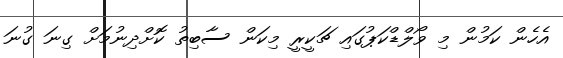
އެހެން ކަމުން މި ވޯލްޑްކަޕުގައި ޗަކީރީ މިކަން ސާބިތު ކޮށްދިނުމަށް ގިނަ ގުނަ